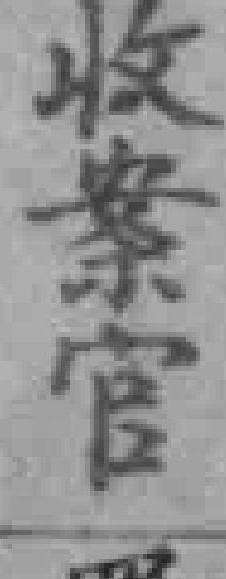
收案官